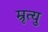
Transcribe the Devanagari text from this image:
म्रृत्यु